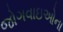
જોગવાઇઓના